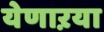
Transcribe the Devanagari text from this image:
येणाऱया